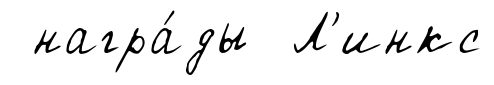
награ́ды Л'инкс